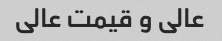
عالی و قیمت عالی